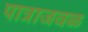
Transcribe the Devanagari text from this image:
पात्राजवळ